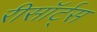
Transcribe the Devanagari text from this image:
रीसॉर्ट्स